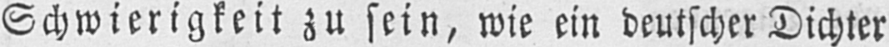
Schwierigkeit zu sein, wie ein deutscherDichter